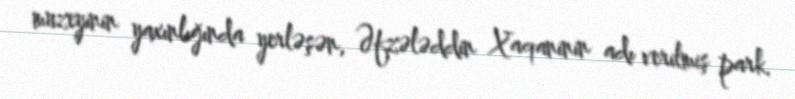
muzeyinin yaxınlığında yerləşən, Əfzələddin Xaqaninin adı verilmiş park.